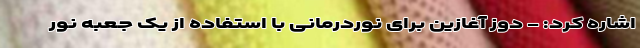
اشاره کرد: - دوز آغازین برای نوردرمانی با استفاده از یک جعبه نور